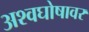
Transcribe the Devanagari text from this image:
अश्वघोषावर